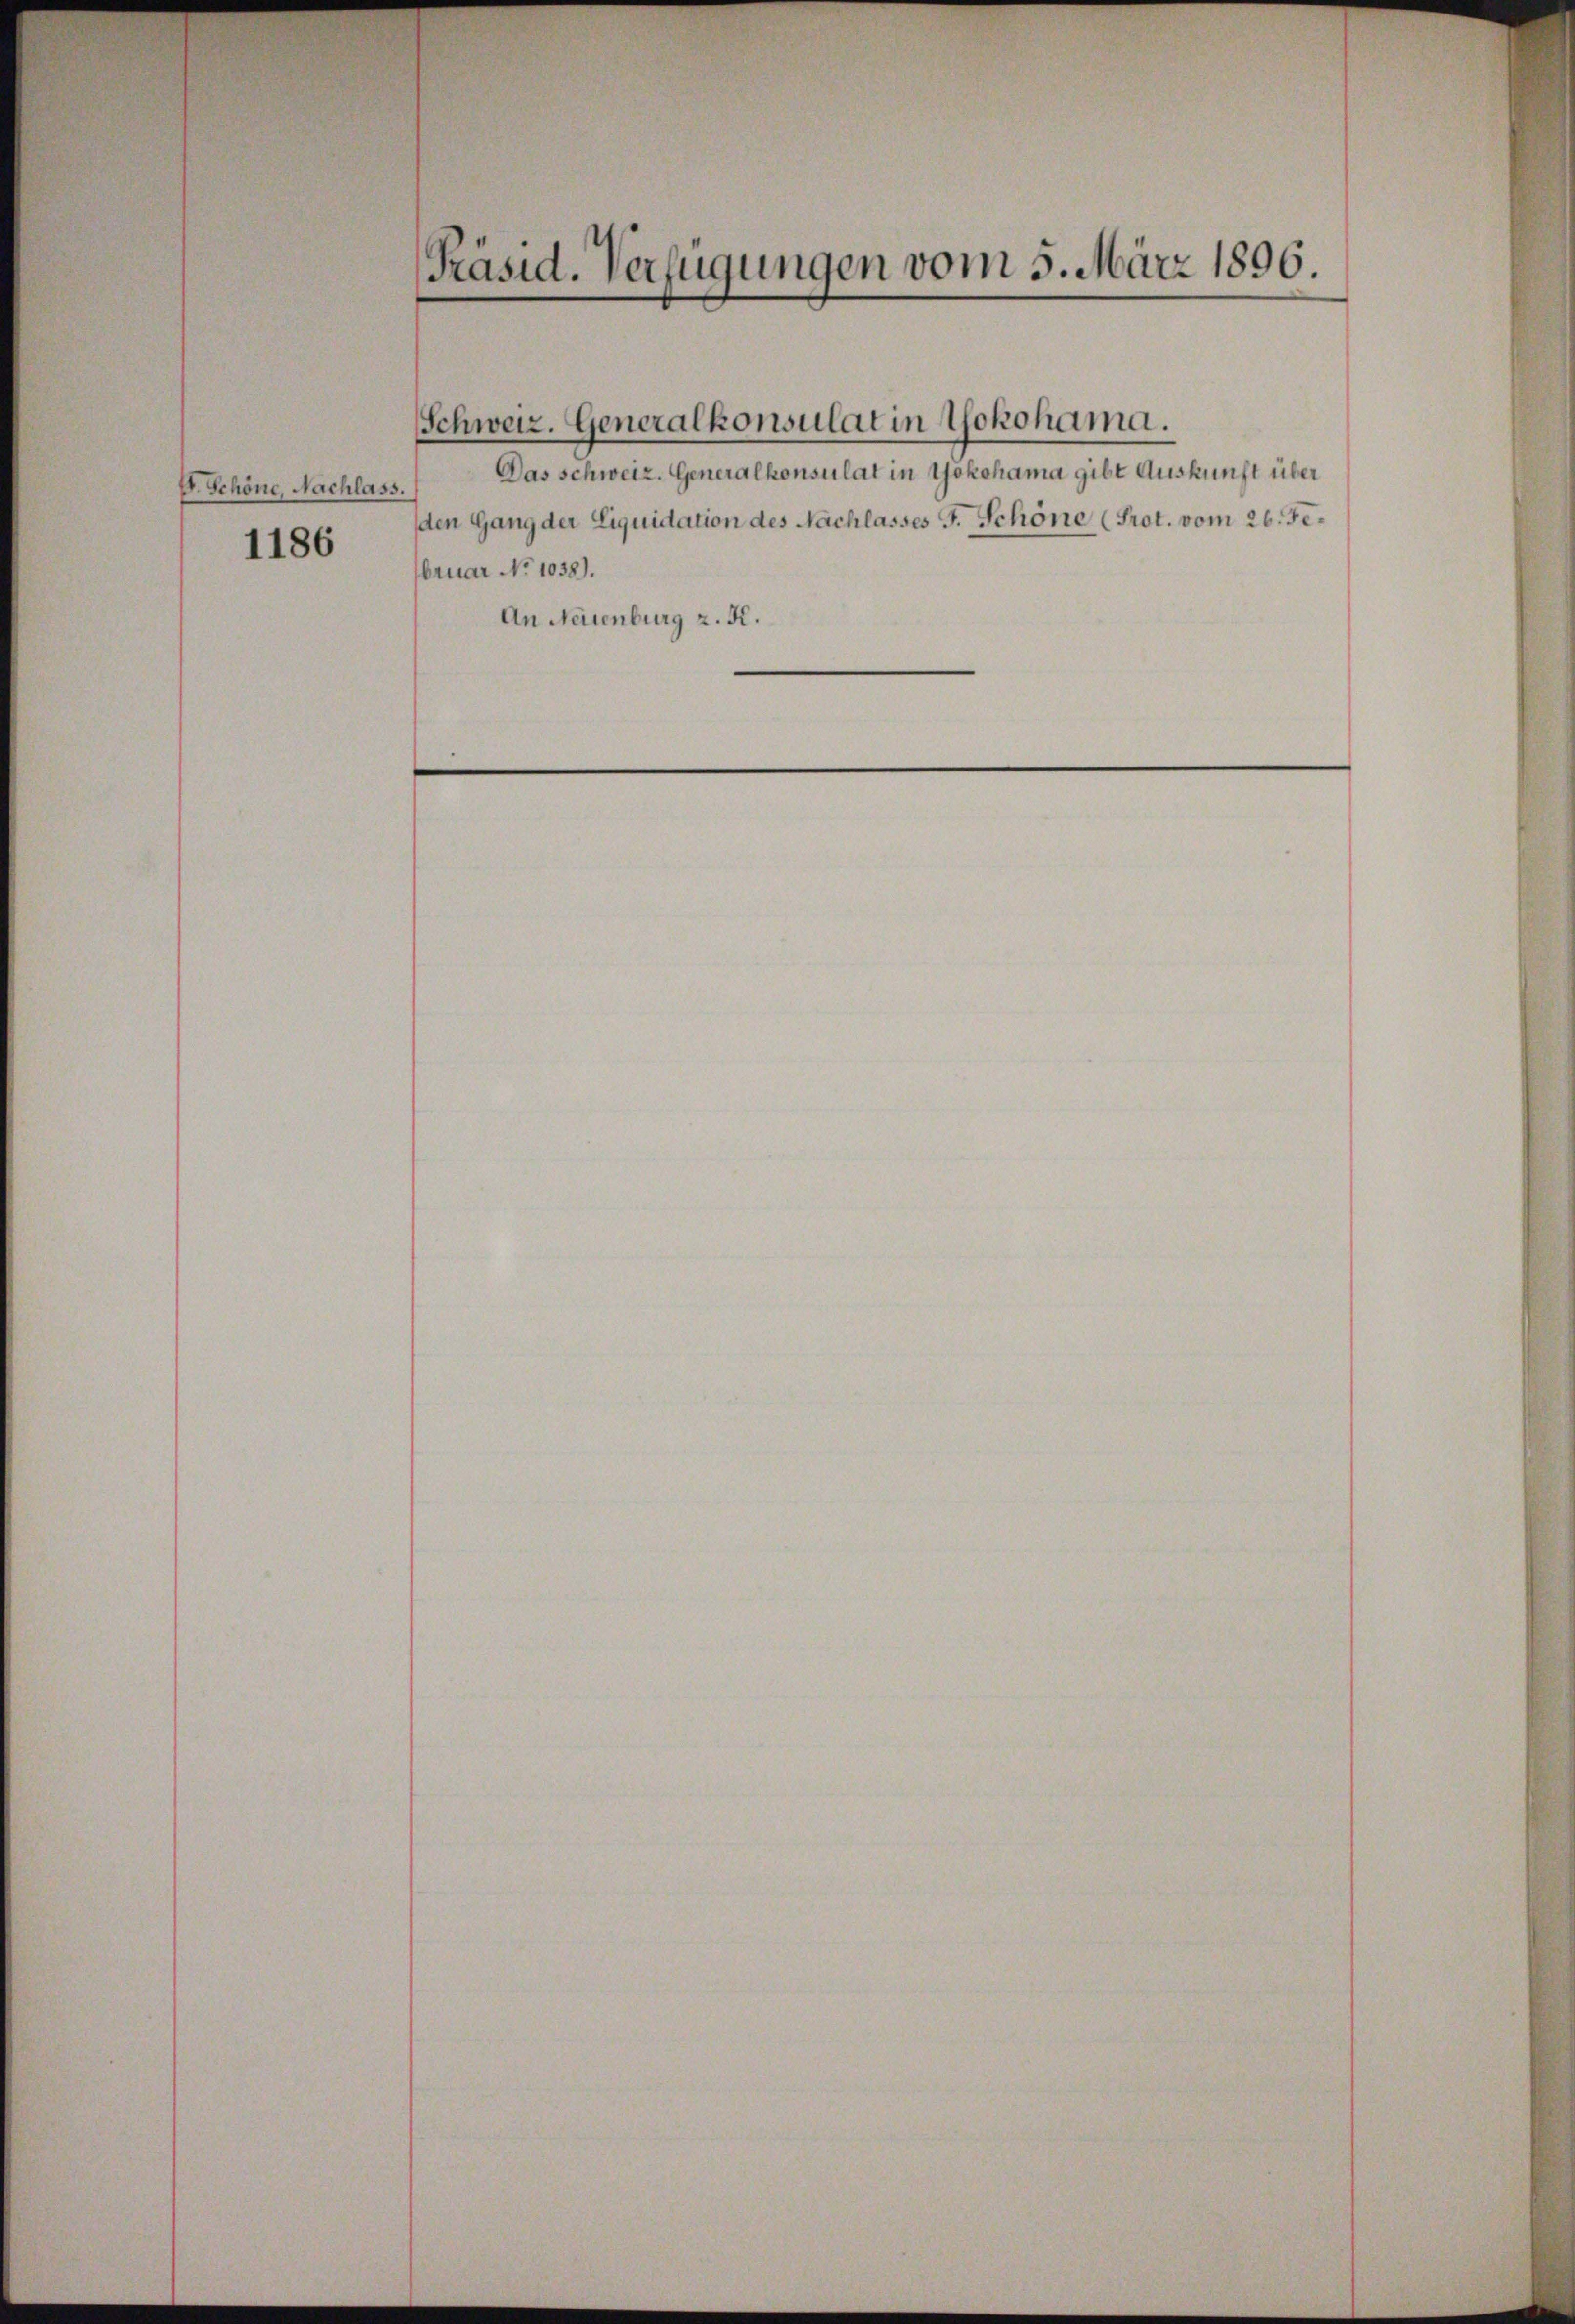
b. Schöne, Nachlass.
1186

Präsid. Verfügungen vom 5. März 1896.

Das schweiz. Generalkonsulat in Yokohama gibt Auskunft über
den Gang der Liquidation des Nachlasses J. Schöne (Prot. vom 26. Fe¬
Fbruar No 1038).
An Neuenburg z. K.

Schweiz. Generalkonsulat in Yokohama.